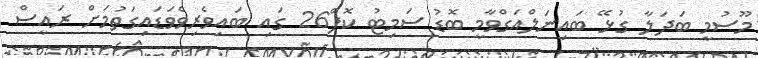
މޫސުމީ ބަދަލާ ގުޅޭ ބައިނަލްއަގްވާމީ ބޮޑު ސަމިޓު ކޮޕް26 ގައި ބައިވެރިވެވަޑައިގަތުމަށް ރައީސް